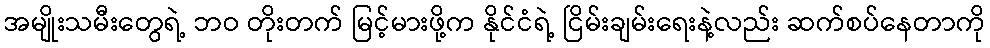
အမျိုးသမီးတွေရဲ့ ဘဝ တိုးတက် မြင့်မားဖို့က နိုင်ငံရဲ့ ငြိမ်းချမ်းရေးနဲ့လည်း ဆက်စပ်နေတာကို